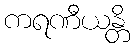
ကရဏီယန္တိ